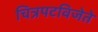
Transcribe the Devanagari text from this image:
चित्रपटविजेते